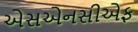
એસએનસીએફ